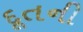
દૂતની